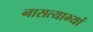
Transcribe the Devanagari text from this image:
नासत्याभ्यां